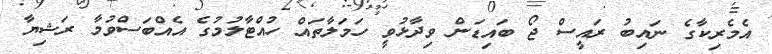
އެމެރިކާގެ ނައިބު ރައީސް ޖޯ ބައިޑަން ވިދާޅުވީ ހަމަލާތައް ހުއްޓާލުމުގެ އެއްބަސްވުމާ ރަޝިޔާ